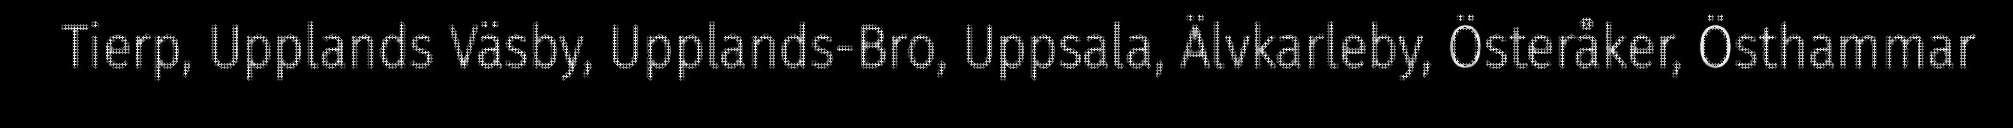
Tierp, Upplands Väsby, Upplands-Bro, Uppsala, Älvkarleby, Österåker, Östhammar